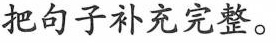
把句子补充完整。